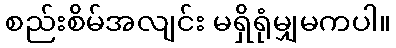
စည်းစိမ်အလျင်း မရှိရုံမျှမကပါ။